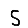
Digit: 5